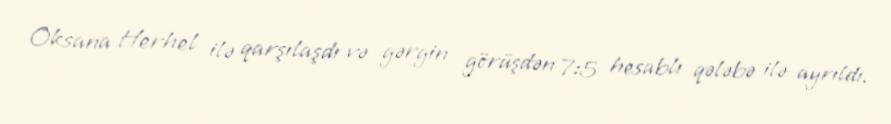
Oksana Herhel ilə qarşılaşdı və gərgin görüşdən 7:5 hesablı qələbə ilə ayrıldı.